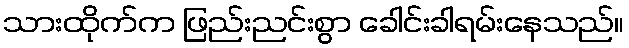
သားထိုက်က ဖြည်းညင်းစွာ ခေါင်းခါရမ်းနေသည်။